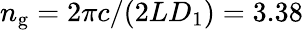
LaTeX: n_{\mathrm{g}}=2\pi c/(2LD_{1})=3.38